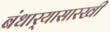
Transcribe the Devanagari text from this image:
बंधार्‍यासारखी